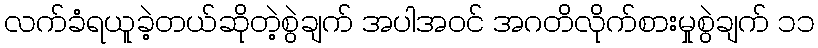
လက်ခံရယူခဲ့တယ်ဆိုတဲ့စွဲချက် အပါအဝင် အဂတိလိုက်စားမှုစွဲချက် ၁၁